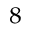
^ { 8 }